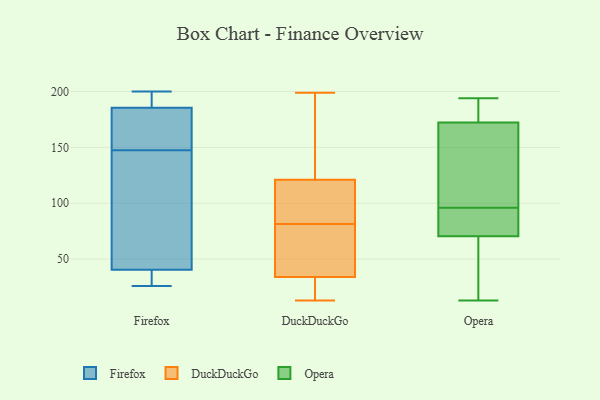
{"axis": {"x": "Satisfaction Score", "y": "Value"}, "legend": ["DuckDuckGo", "Firefox", "Opera"], "data": [{"x": "", "y": 200, "type": "Firefox"}, {"x": "", "y": 30, "type": "Firefox"}, {"x": "", "y": 75, "type": "Firefox"}, {"x": "", "y": 178, "type": "Firefox"}, {"x": "", "y": 184, "type": "Firefox"}, {"x": "", "y": 187, "type": "Firefox"}, {"x": "", "y": 26, "type": "Firefox"}, {"x": "", "y": 150, "type": "Firefox"}, {"x": "", "y": 42, "type": "Firefox"}, {"x": "", "y": 145, "type": "Firefox"}, {"x": "", "y": 39, "type": "Firefox"}, {"x": "", "y": 190, "type": "Firefox"}, {"x": "", "y": 156, "type": "Firefox"}, {"x": "", "y": 35, "type": "Firefox"}, {"x": "", "y": 190, "type": "Firefox"}, {"x": "", "y": 117, "type": "Firefox"}, {"x": "", "y": 78, "type": "DuckDuckGo"}, {"x": "", "y": 107, "type": "DuckDuckGo"}, {"x": "", "y": 118, "type": "DuckDuckGo"}, {"x": "", "y": 48, "type": "DuckDuckGo"}, {"x": "", "y": 66, "type": "DuckDuckGo"}, {"x": "", "y": 31, "type": "DuckDuckGo"}, {"x": "", "y": 136, "type": "DuckDuckGo"}, {"x": "", "y": 199, "type": "DuckDuckGo"}, {"x": "", "y": 37, "type": "DuckDuckGo"}, {"x": "", "y": 124, "type": "DuckDuckGo"}, {"x": "", "y": 20, "type": "DuckDuckGo"}, {"x": "", "y": 170, "type": "DuckDuckGo"}, {"x": "", "y": 13, "type": "DuckDuckGo"}, {"x": "", "y": 19, "type": "DuckDuckGo"}, {"x": "", "y": 97, "type": "DuckDuckGo"}, {"x": "", "y": 85, "type": "DuckDuckGo"}, {"x": "", "y": 91, "type": "DuckDuckGo"}, {"x": "", "y": 162, "type": "DuckDuckGo"}, {"x": "", "y": 20, "type": "DuckDuckGo"}, {"x": "", "y": 77, "type": "DuckDuckGo"}, {"x": "", "y": 40, "type": "Opera"}, {"x": "", "y": 87, "type": "Opera"}, {"x": "", "y": 190, "type": "Opera"}, {"x": "", "y": 188, "type": "Opera"}, {"x": "", "y": 83, "type": "Opera"}, {"x": "", "y": 13, "type": "Opera"}, {"x": "", "y": 190, "type": "Opera"}, {"x": "", "y": 50, "type": "Opera"}, {"x": "", "y": 167, "type": "Opera"}, {"x": "", "y": 80, "type": "Opera"}, {"x": "", "y": 63, "type": "Opera"}, {"x": "", "y": 96, "type": "Opera"}, {"x": "", "y": 120, "type": "Opera"}, {"x": "", "y": 194, "type": "Opera"}, {"x": "", "y": 73, "type": "Opera"}, {"x": "", "y": 156, "type": "Opera"}, {"x": "", "y": 106, "type": "Opera"}]}